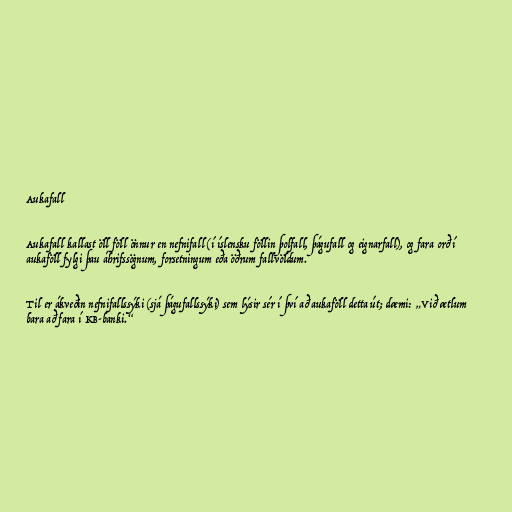
Aukafall

Aukafall kallast öll föll önnur en nefnifall (í íslensku föllin þolfall, þágufall og eignarfall), og fara orð í
aukaföll fylgi þau áhrifssögnum, forsetningum eða öðrum fallvöldum.

Til er ákveðin nefnifallssýki (sjá þágufallssýki) sem lýsir sér í því að aukaföll detta út; dæmi: „Við ætlum
bara að fara í KB-banki.“